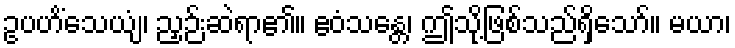
ဥပဟိံသေယျံ၊ ညှဉ်းဆဲရာ၏။ ဧဝံသန္တေ၊ ဤသို့ဖြစ်သည်ရှိသော်။ မယာ၊